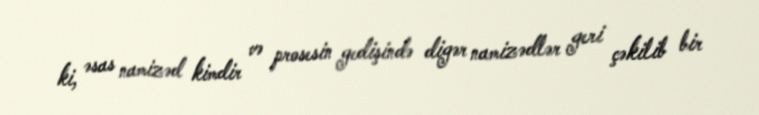
ki, əsas namizəd kimdir və prosesin gedişində digər namizədlər geri çəkilib bir